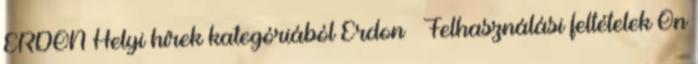
ERDON Helyi hírek kategóriából Erdon – Felhasználási feltételek Ön